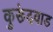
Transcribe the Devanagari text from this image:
कुरूंदवाड